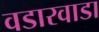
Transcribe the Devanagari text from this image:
वडारवाडा